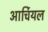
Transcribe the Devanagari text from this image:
आर्चियल